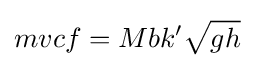
mvcf=Mbk'{\sqrt {gh}}